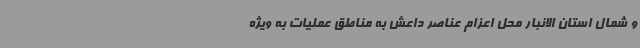
و شمال استان الانبار محل اعزام عناصر داعش به مناطق عملیات به ویژه